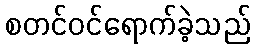
စတင်ဝင်ရောက်ခဲ့သည်